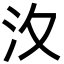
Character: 汷